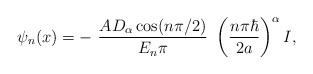
LaTeX: \begin{align*}\psi_{n}(x)=-\ \frac{AD_{\alpha}\cos(n\pi/2)}{E_{n}\pi}\ \left( \frac{n\pi\hbar}{2a}\right) ^{\alpha}I,\end{align*}